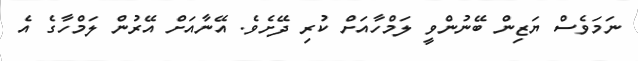
ނަމަވެސް ޔަޒިން ބޭނުންވީ ލަމްހާއަށް ކުރި ދޭށެވެ. އޭނާއަށް އޭރުން ލަމްހާގެ އެ